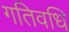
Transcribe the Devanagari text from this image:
गतिवधि